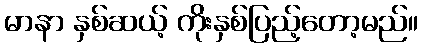
မာနာ နှစ်ဆယ့် ကိုးနှစ်ပြည့်တော့မည်။